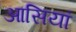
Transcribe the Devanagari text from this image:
आसियां